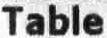
TABLE